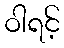
ဝါရင့်